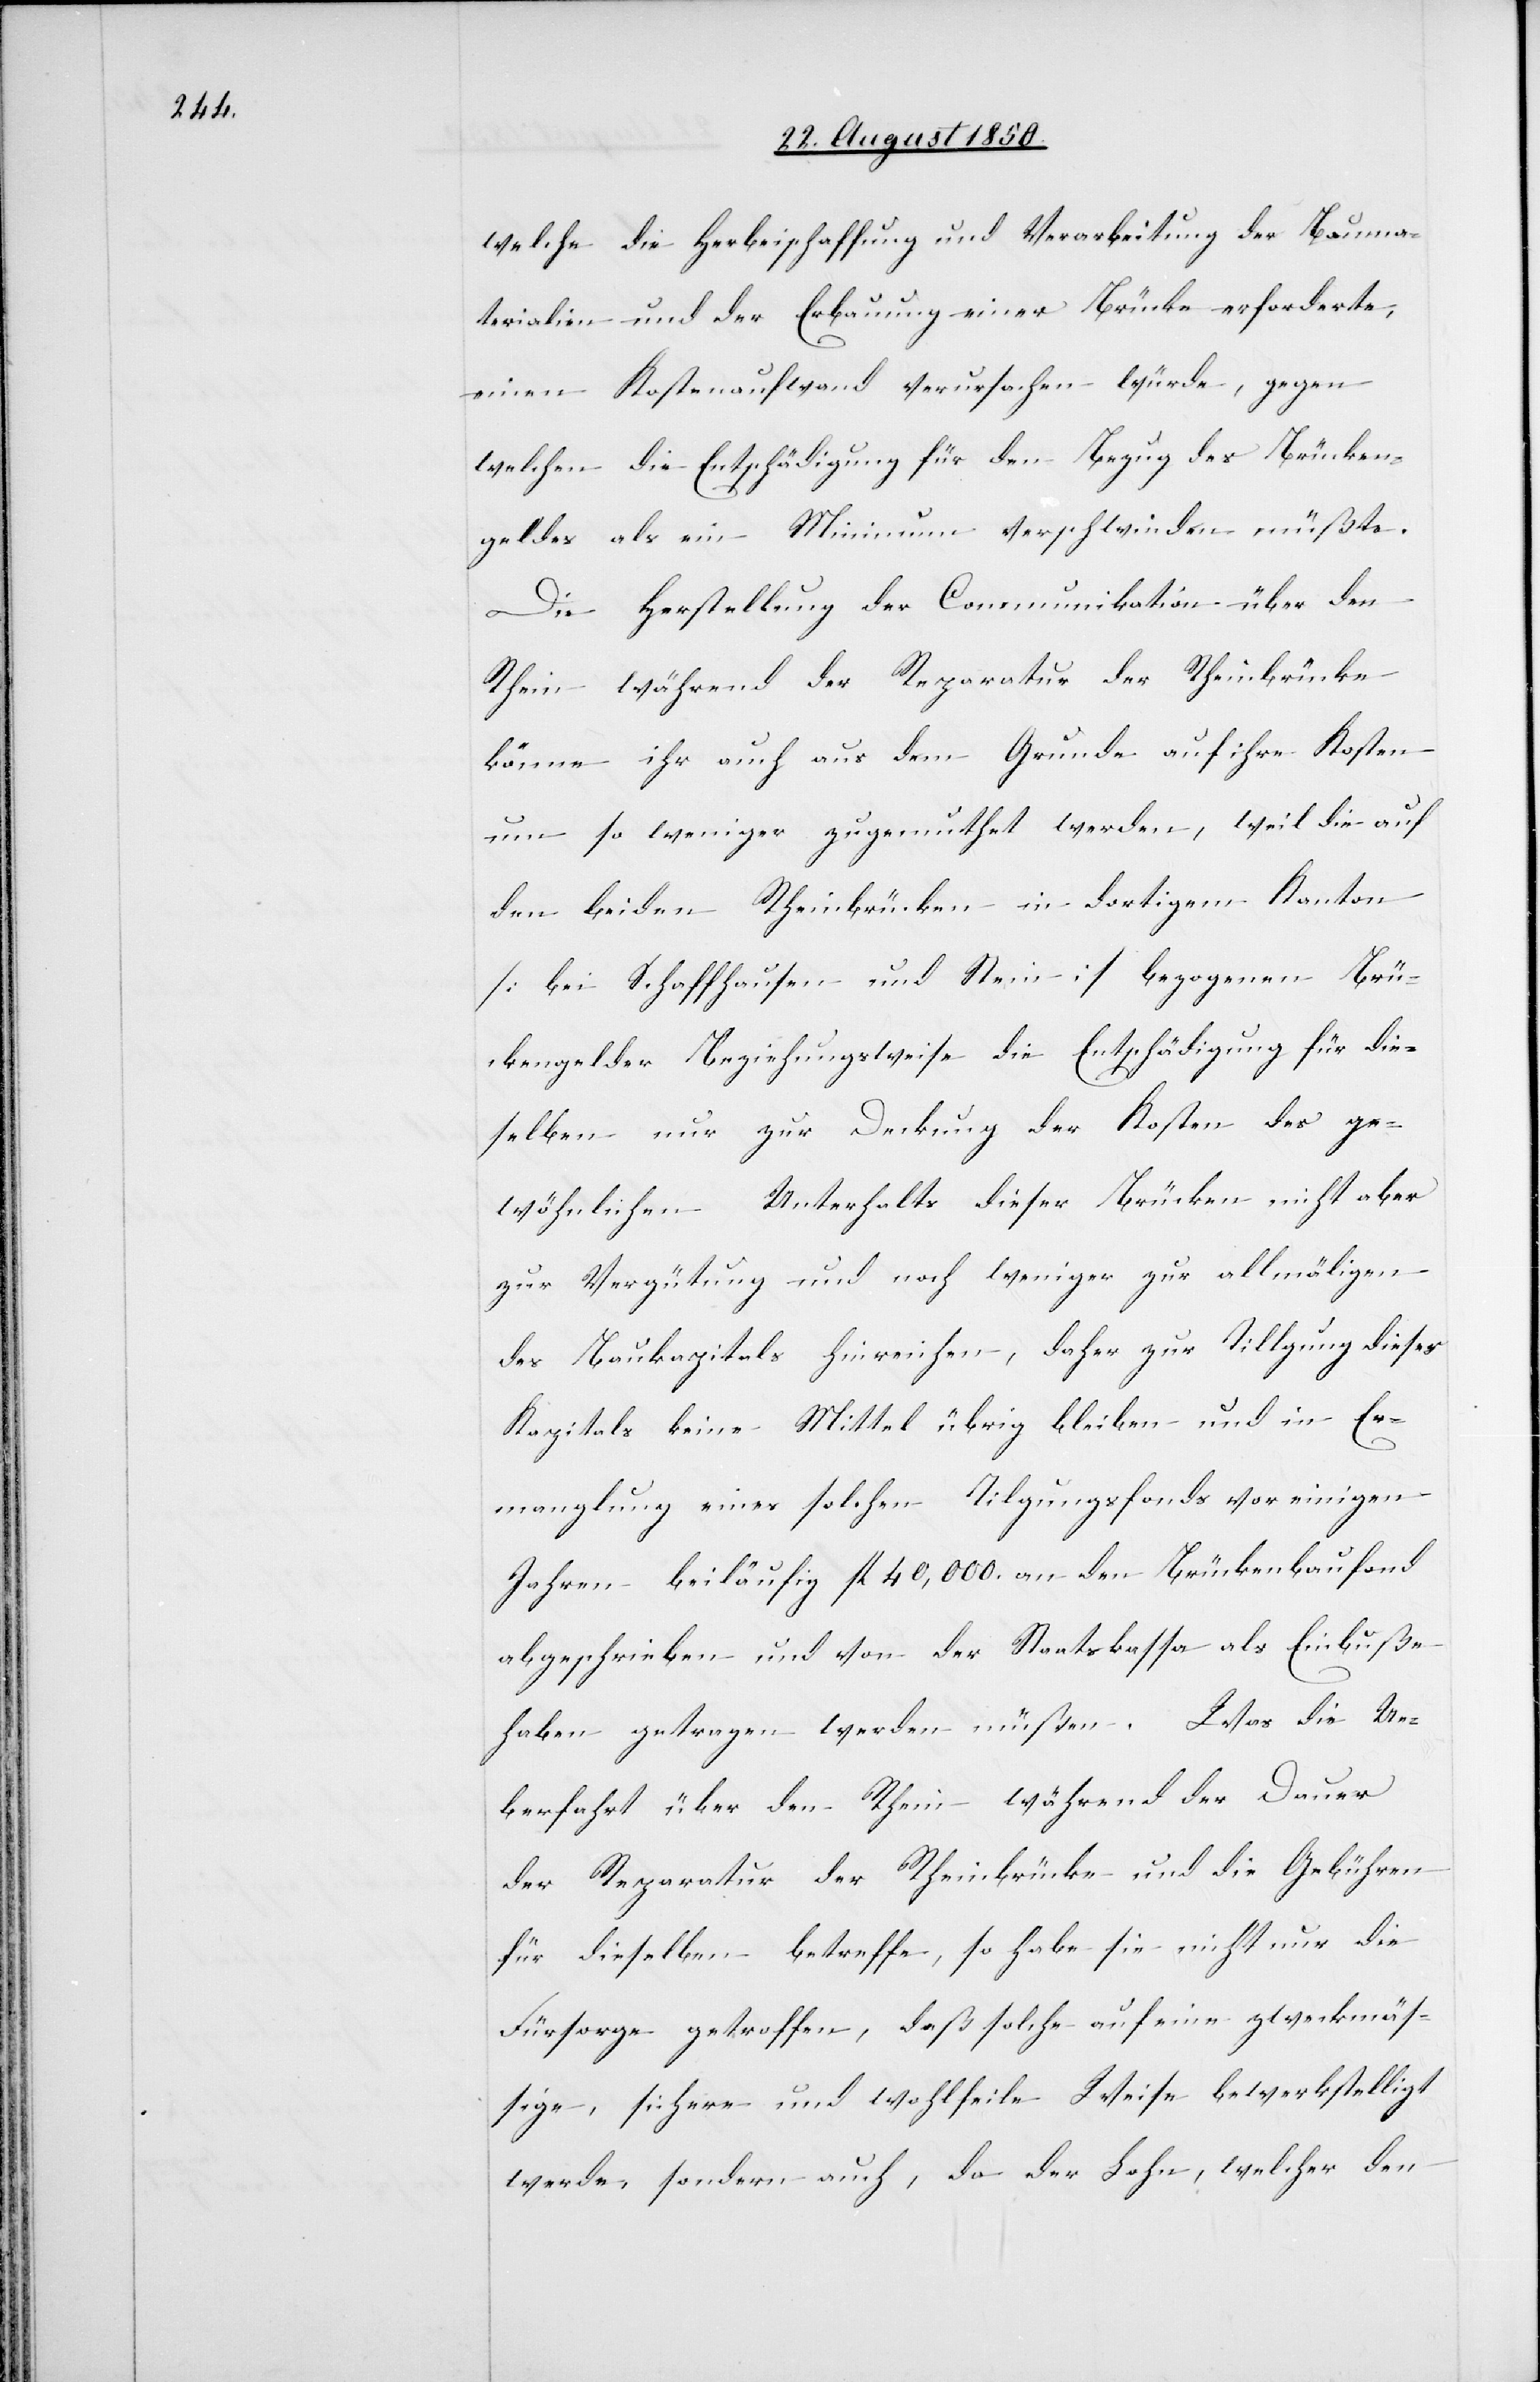
welche die Herbeischaffung und Verarbeitung der Bauma¬
terialien und der Erbauung einer Brücke erforderte,
einen Kostenaufwand verursachen würde, gegen
welchen die Entschädigung für den Bezug des Brücken¬
geldes als ein Minimum verschwinden müßte.
Die Herstellung der Communikation über den
Rhein während der Reparatur der Rheinbrücke
könne ihr auch aus dem Grunde auf ihre Kosten
um so weniger zugemuthet werden, weil die auf
den beiden Rheinbrücken in dortigem Kanton
[bei Schaffhausen und Stein] bezogenen Brü¬
ckengelder Beziehungsweise die Entschädigung für die¬
selben nur zur Deckung der Kosten des ge¬
wöhnlichen Unterhalts dieser Brücken nicht aber
zur Vergütung und noch weniger zur allmäligen
des Baukapitals hinreichen, daher zur Tilgung dieses
Kapitals keine Mittel übrig bleiben und in Er¬
manglung eines solchen Tilgungsfonds vor einigen
Jahren beiläufig fl 40,000. an den Brückenbaufond
abgeschrieben und von der Staatskassa als Einbuße
haben getragen werden müßen. Was die Ue¬
berfahrt über den Rhein während der Dauer
der Reparatur der Rheinbrücke und die Gebühren
für dieselben betreffe, so habe sie nicht nur die
Fürsorge getroffen, daß solche auf eine zweckmäs¬
sige, sichere und wohlfeile Weise bewerkstelligt
werde, sondern auch, da der Lohn, welcher den